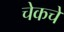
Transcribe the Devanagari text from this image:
चेकचे